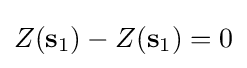
Z(\mathbf {s} _{1})-Z(\mathbf {s} _{1})=0